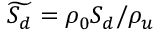
\widetilde { S _ { d } } = \rho _ { 0 } S _ { d } / \rho _ { u }